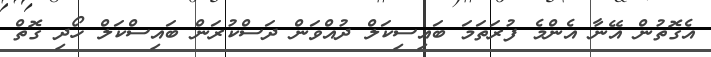
އެގޮތުން އޭނާ އެންމެ ފުރަތަމަ ބައިސިކަލް ދުއްވަން ދަސްކުރަން ބައިސްކަލް ހޯދި ގޮތް